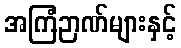
အကြံဉာဏ်များနှင့်